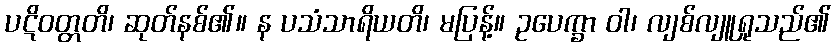
ပဋိဝတ္တတိ၊ ဆုတ်နစ်၏။ န ပသံသာရိယတိ၊ မပြန့်။ ဥပေက္ခာ ဝါ၊ လျစ်လျူရှုသည်၏